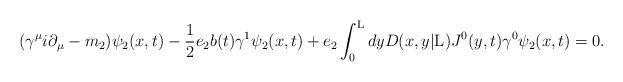
LaTeX: \begin{align*}({\gamma}^{\mu} i{\partial}_{\mu} -m_2) {\psi}_2(x,t)- \frac{1}{2} e_2 b(t) {\gamma}^1 {\psi}_2(x,t)+ e_2 \int_{0}^{\rm L} dy D(x,y|{\rm L}) J^0(y,t){\gamma}^0 {\psi}_2(x,t) =0.\end{align*}